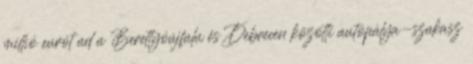
millió eurót ad a Berettyóújfalu és Debrecen közötti autópálya-szakasz